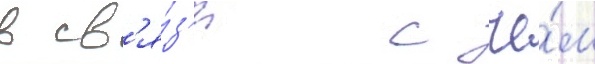
в св'я́з'и с че́м